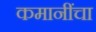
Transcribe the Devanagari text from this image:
कमानींचा